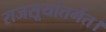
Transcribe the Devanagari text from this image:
राजसूयांतर्गत।